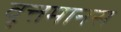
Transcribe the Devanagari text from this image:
वृत्तमानस